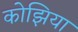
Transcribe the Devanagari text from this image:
कोझिया